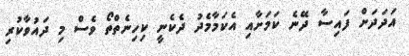
އަދަދަށް ފައިސާ ދޭނެ ކަމަށާއި އެކަމާމެދު ދެކެނީ ކިހިނެތްތޯ ވެސް މި ދައުވާކުރި